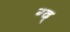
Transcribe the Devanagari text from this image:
ग्द्